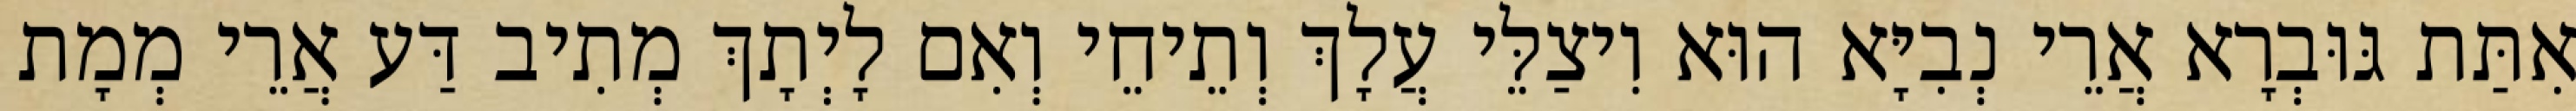
אִתַּת גּוּבְרָא אֲרֵי נְבִיָּא הוּא וִיצַלֵּי עֲלָךְ וְתֵיחֵי וְאִם לָיְתָךְ מְתִיב דַּע אֲרֵי מְמָת